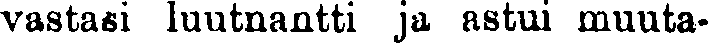
vastasi luutnantti ja astui muuta-